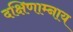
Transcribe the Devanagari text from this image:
दक्षिणाम्नाय